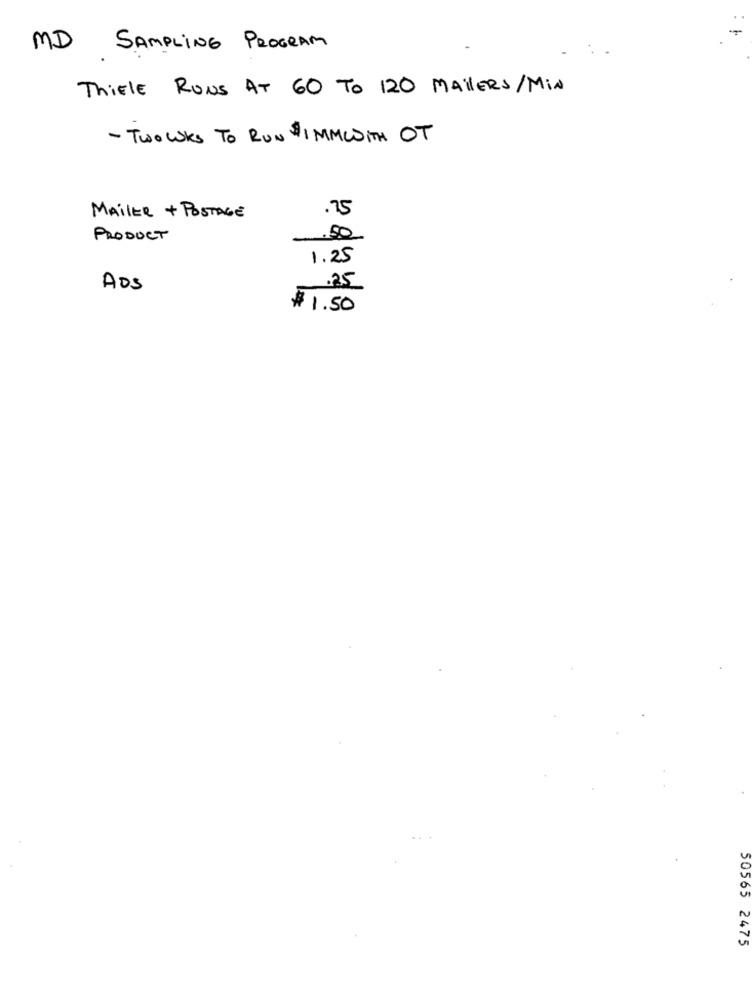
MD SAMPLING PROGRAM
ThiEle Runs AT 60 TO 120 MAILERS/Min
- TWOWKS TO RUN $ 1 MMWITH OT
MAILER + POSTAGE
.75
PRODUCT
.50
1.25
ADS
.25
$ 1.50
50565 2475